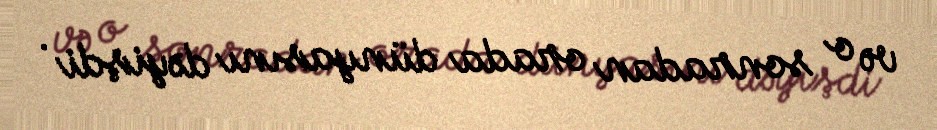
və o sonradan orada dünyasını dəyişdi .